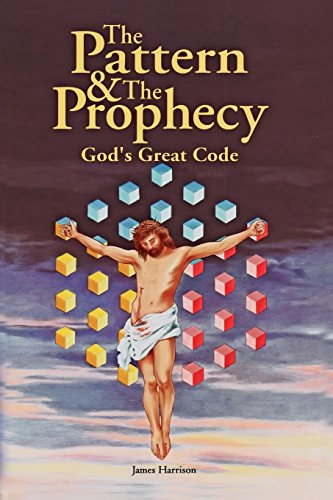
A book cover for The Pattern & the Prophecy: God's Great Code; James Harrison; Christian Books & Bibles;